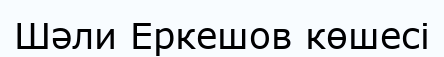
Шәли Еркешов көшесі